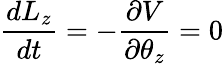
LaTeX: {\frac{dL_{z}}{dt}}=-{\frac{\partial V}{\partial{\theta_{z}}}}=0